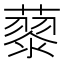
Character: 𮑹